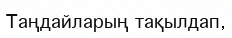
Таңдайларың тақылдап,